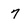
Character: 7